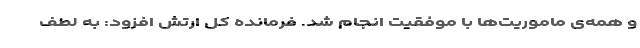
و همه‌ی ماموریت‌ها با موفقیت انجام شد. فرمانده کل ارتش افزود: به لطف